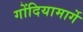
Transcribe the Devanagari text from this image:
गोंदियामार्गे